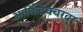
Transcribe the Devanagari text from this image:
आर्किटेक्चरवर